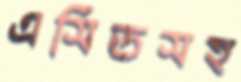
এসিডসহ